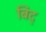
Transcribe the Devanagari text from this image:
बिद्